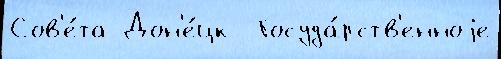
Сов'е́та Дон'е́цк  Госуда́рств'енноjе